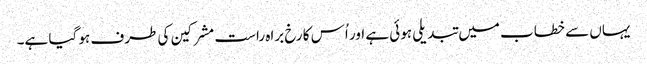
یہاں سے خطاب میں تبدیلی ہوئی ہے اور اُس کا رخ براہ راست مشرکین کی طرف ہو گیا ہے۔